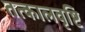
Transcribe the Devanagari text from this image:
तत्कालवृष्टि